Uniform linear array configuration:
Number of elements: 64
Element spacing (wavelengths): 0.75
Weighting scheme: blackman
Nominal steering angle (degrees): -30
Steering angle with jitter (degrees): -28.161
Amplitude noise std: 0.05
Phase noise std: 0.05

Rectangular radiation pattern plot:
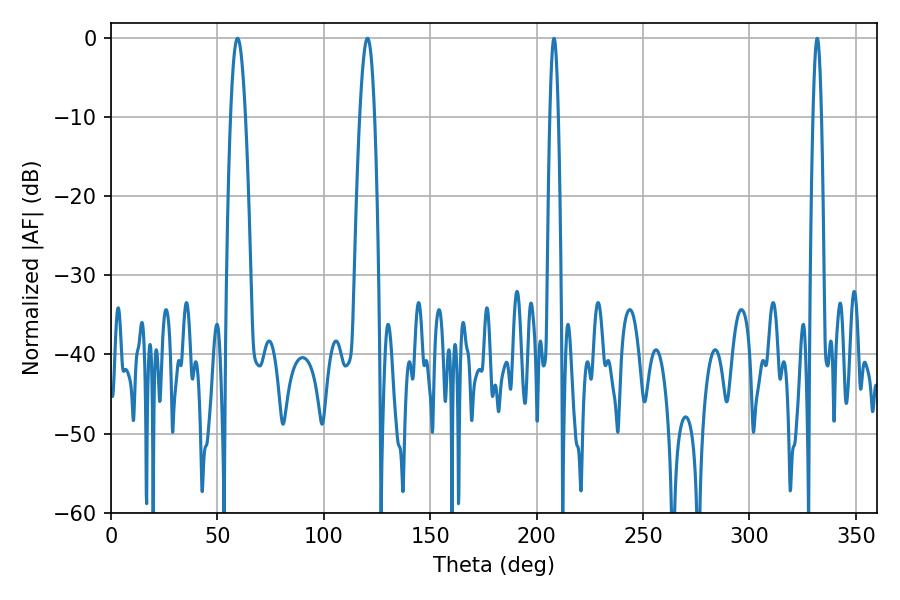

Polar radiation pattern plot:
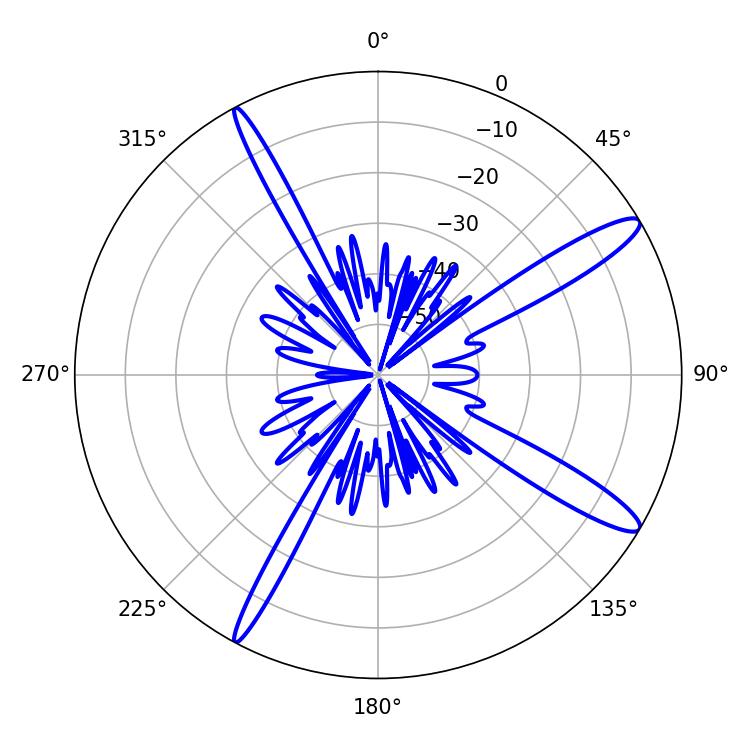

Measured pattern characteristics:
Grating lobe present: TRUE
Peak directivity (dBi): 13.669
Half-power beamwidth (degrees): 3.78
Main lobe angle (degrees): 59.4